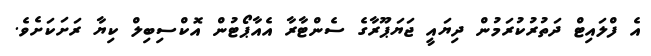
އެ ފްލައިޓް ދަތުރުކުރަމުން ދިޔައީ ޖަޔަޕޫރާގެ ސެންޓާރާ އެއާޕޯޓުން އޮކްސިބިލް ކިޔާ ރަށަކަށެވެ.